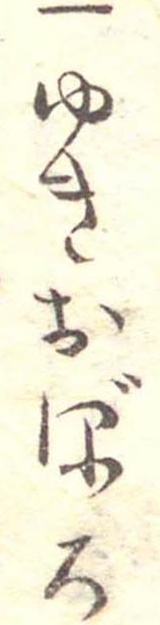
一ゆきおぼろ